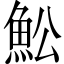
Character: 䰸